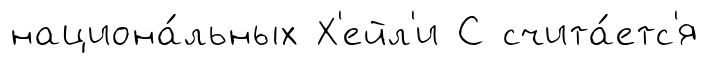
национа́льных Х'ейл'и С счита́етс'я